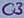
Text: C3